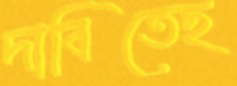
দাবিতেছ